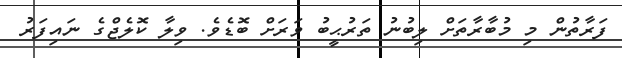
ފަރާތުން މި މުބާރާތަށް ލިބުނު ތަރުޙީބު ވަރަށް ބޮޑެވެ. ވިލާ ކޮލެޖްގެ ނައިފަރު